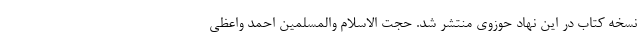
نسخه کتاب در این نهاد حوزوی منتشر شد. حجت الاسلام والمسلمین احمد واعظی